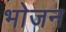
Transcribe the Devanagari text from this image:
भाेजन